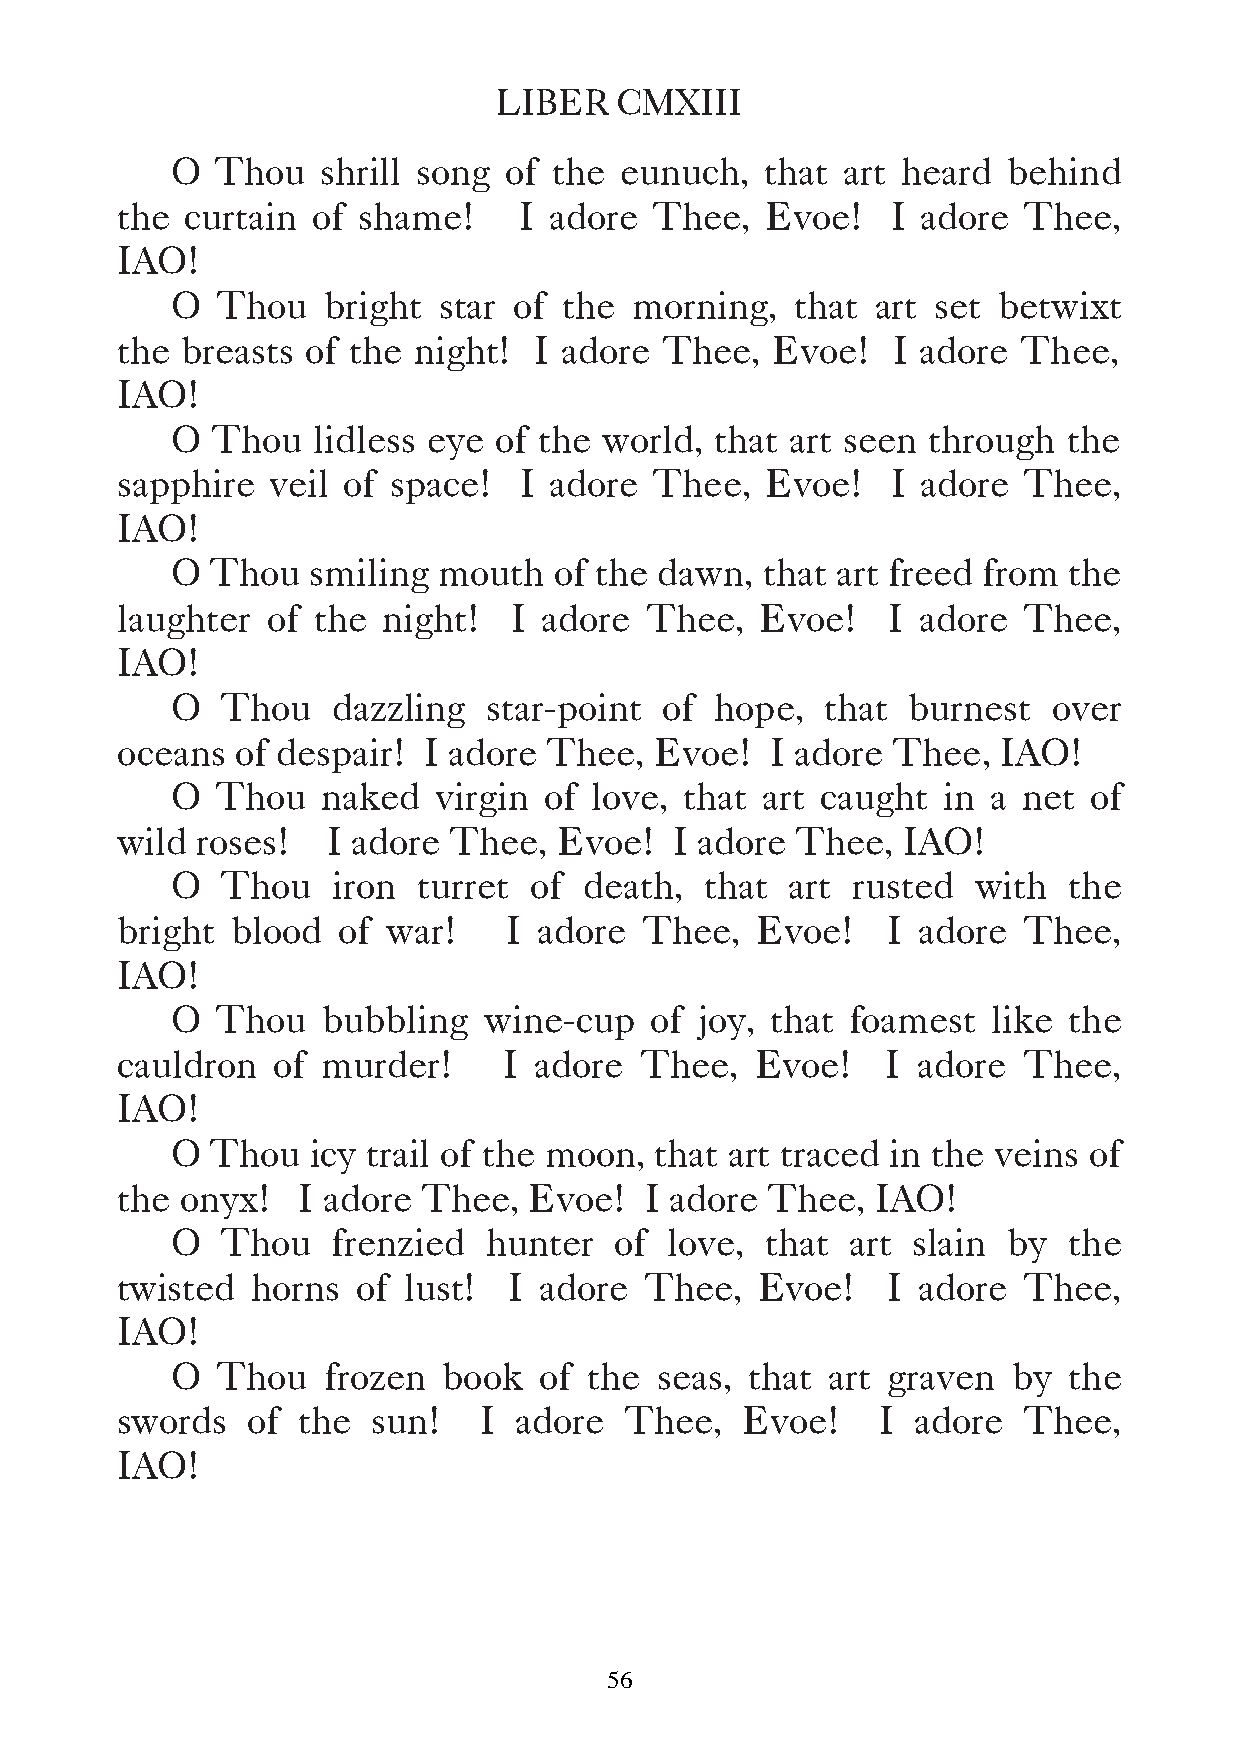
LIBER   CMXIII
 O  Thou   shrill song of  the eunuch,   that art heard  behind
 the curtain  of shame!    I adore  Thee,   Evoe!   I adore  Thee,
 IAO!
 O  Thou    bright star of the  morning,   that art set betwixt
 the breasts of the night!  I adore  Thee,  Evoe!   I adore  Thee,
 IAO!
 O  Thou   lidless eye of the world, that art seen through   the
 sapphire  veil of space!  I adore  Thee,   Evoe!   I adore  Thee,
 IAO!
 O  Thou   smiling mouth   of the dawn,  that art freed from the
 laughter  of the night!   I adore  Thee,  Evoe!    I adore  Thee,
 IAO!
 O   Thou   dazzling  star-point  of hope,   that burnest   over
 oceans  of despair! I adore Thee,  Evoe!   I adore Thee,  IAO!
 O  Thou   naked   virgin of love, that art caught  in  a net of
 wild roses!   I adore Thee,  Evoe!   I adore Thee,  IAO!
 O   Thou   iron  turret of  death,  that art rusted   with  the
 bright blood  of  war!   I  adore Thee,   Evoe!    I adore  Thee,
 IAO!
 O  Thou   bubbling   wine-cup   of joy, that foamest   like the
 cauldron  of murder!     I adore  Thee,   Evoe!    I adore  Thee,
 IAO!
 O  Thou   icy trail of the moon, that art traced in the veins of
 the onyx!   I adore Thee,  Evoe!   I adore Thee,  IAO!
 O   Thou   frenzied  hunter   of love,  that art slain  by  the
 twisted  horns  of lust!  I adore  Thee,  Evoe!    I adore  Thee,
 IAO!
 O  Thou   frozen  book   of the seas,  that art graven  by  the
 swords  of  the  sun!   I adore  Thee,   Evoe!    I  adore  Thee,
 IAO!
 56